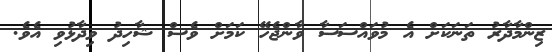
ޒިންމާދާރު ތަނަކަށް އެ މުވައްސަސާ ވާންޖެހޭ ކަމަށް ވެސް ޝާހިދު ވިދާޅުވި އެވެ.